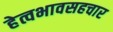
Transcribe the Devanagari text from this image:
हेत्वभावसहचार